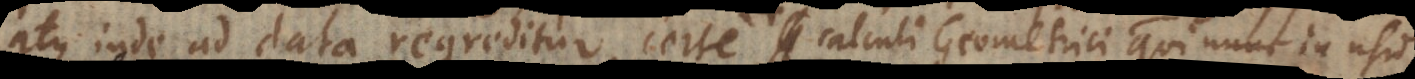
atque inde ad data regreditur, certe calculi Geometrici qui nunc in usu